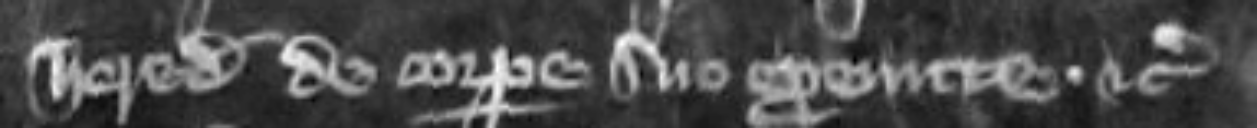
herede de corpore suo exeunte etc